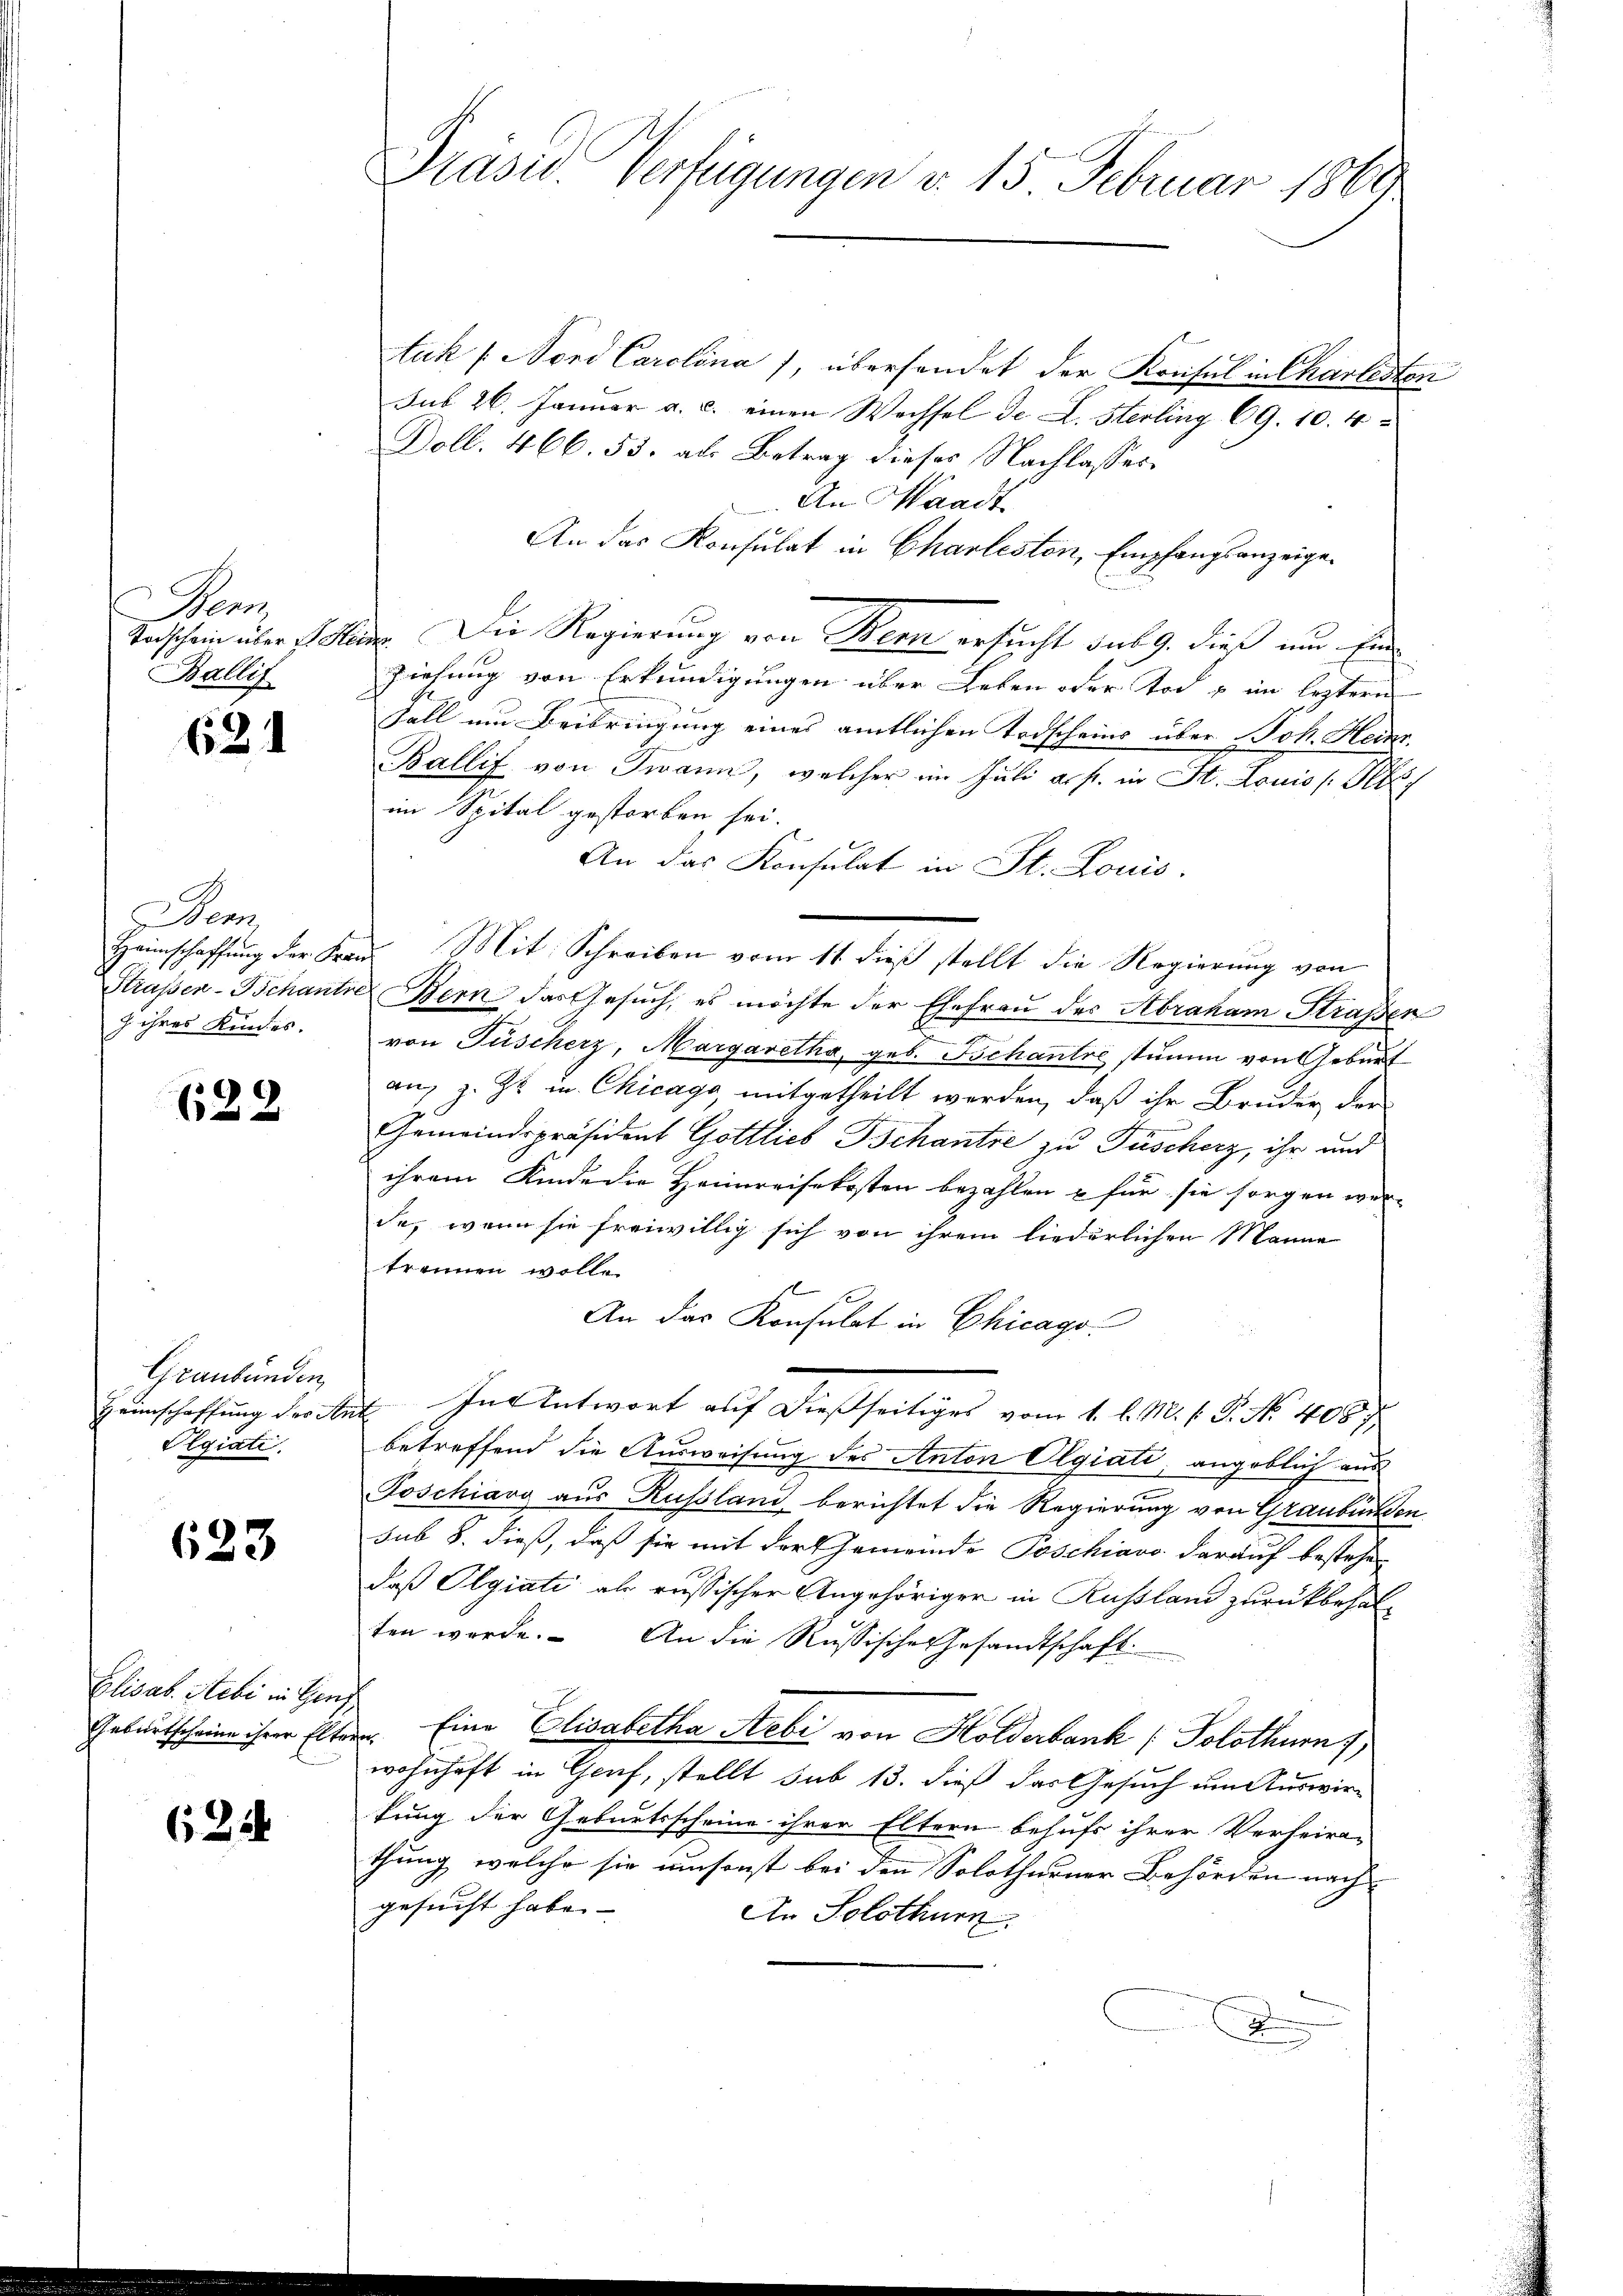
en
Ballif

621

Sen
 ihres Kindes.

622

Graubünden,
Heimschaffung der Ar
Olgiati

623

Elisab. Stibi in Genf
Geburtscheine ihrer Elte

62

tuk / Nord Carolina), übersendet der Kreisel in Charlesten
sub 26. Januar a. c. einen Wechsel de L. Sterling 69. 10. 4
Doll. 466. 53, als Betrag dieses Nachlasses.
An Waadt
An das Konsulat in Charlisten, Empfangsanzeige¬
Taschein über st. Minde. Die Regierung von Bern ersucht sub 9. dieß um Ein
Ziehung von Erkundigungen über Leben oder Tod u im leztern
Fall um Beibringung eines amtlichen Todscheins über Joh. Heinr
Ballif von Twann, welcher im Juli a. f. in St. Louis Pelz
im Spital gestorben sei.
An das Konsulat in St. Louis
Heimschaffung der Frau Mit Schreiben vom 11. dieß stellt die Regierung von
Straßen-Schantre Bern das Gesuch, es möchte der Ehefrau der Abraham Straßen
E
von Füscherz, Margaretha, geb. Behantre stumm von Geburt
an, z. Zt. u. Chicago, mitgetheilt werden, daß ihr Bruder der
Gemeindspräsident Gottlieb Tschantze zu Füscherz, ihr und
ihrem Kinde die Heimreisekosten bezahlen u für sie sorgen wer-
de, wenn sie freiwillig sich von ihrem liederlichen Manne
trennen wolle.
An das Konsulat in Chicago
In Antwort auf dießseitiges vom 1. d. M. v. J. No. 408. 7
u
betreffend die Ausweisung des Anton Olgiati, angeblich aus
Poschiavo aus Russland berichtet die Regierung von Graubünden
sub 8. dieß, daß sie mit der Gemeinde Poschiavo darauf bestehen
daß Olgiati als russischer Angehöriger in Russland zurückbehalten werde. An die Russische Gesandtschaft.
ben. Eine Elisabetha Hebi von Holderbank (Solothurn,
wohnhaft in Graf, stellt sub 13. dieß das Gesuch um Auswirkung der Geburtsscheine ihrer Eltern behufs ihrer Verheira-
thung, welche sie umsonst bei den Solothurner Behörden nach
gesucht habe.
An Solothurn.
d

Präsid Verfügungen d. 15 Februar 1869